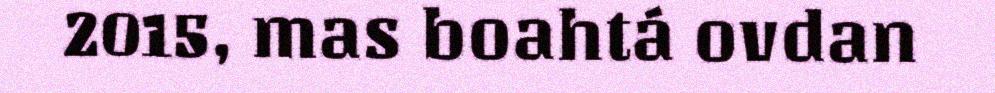
2015, mas boahtá ovdan